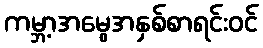
ကမ္ဘာ့အမွေအနှစ်စာရင်းဝင်